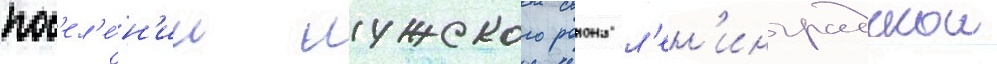
пос'ел'е́н'ии лужского раиона л'ен'инградскои